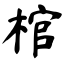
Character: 棺